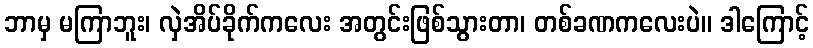
ဘာမှ မကြာဘူး၊ လှဲအိပ်ခိုက်ကလေး အတွင်းဖြစ်သွားတာ၊ တစ်ခဏကလေးပဲ။ ဒါကြောင့်